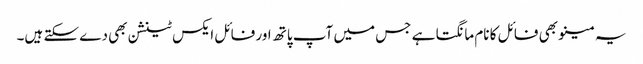
یہ مینو بھی فائل کا نام مانگتا ہے جس میں آپ پاتھ اور فائل ایکس ٹینشن بھی دے سکتے ہیں۔